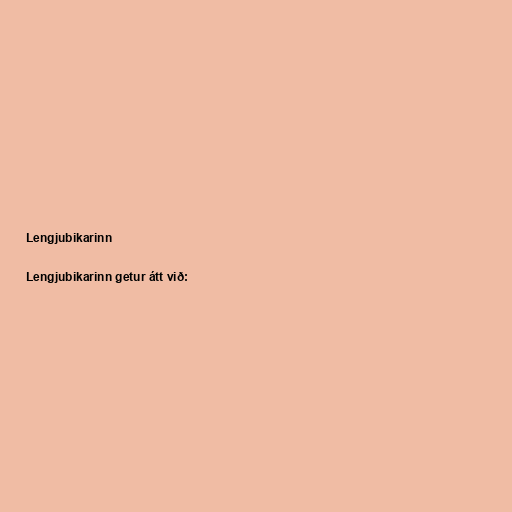
Lengjubikarinn

Lengjubikarinn getur átt við: